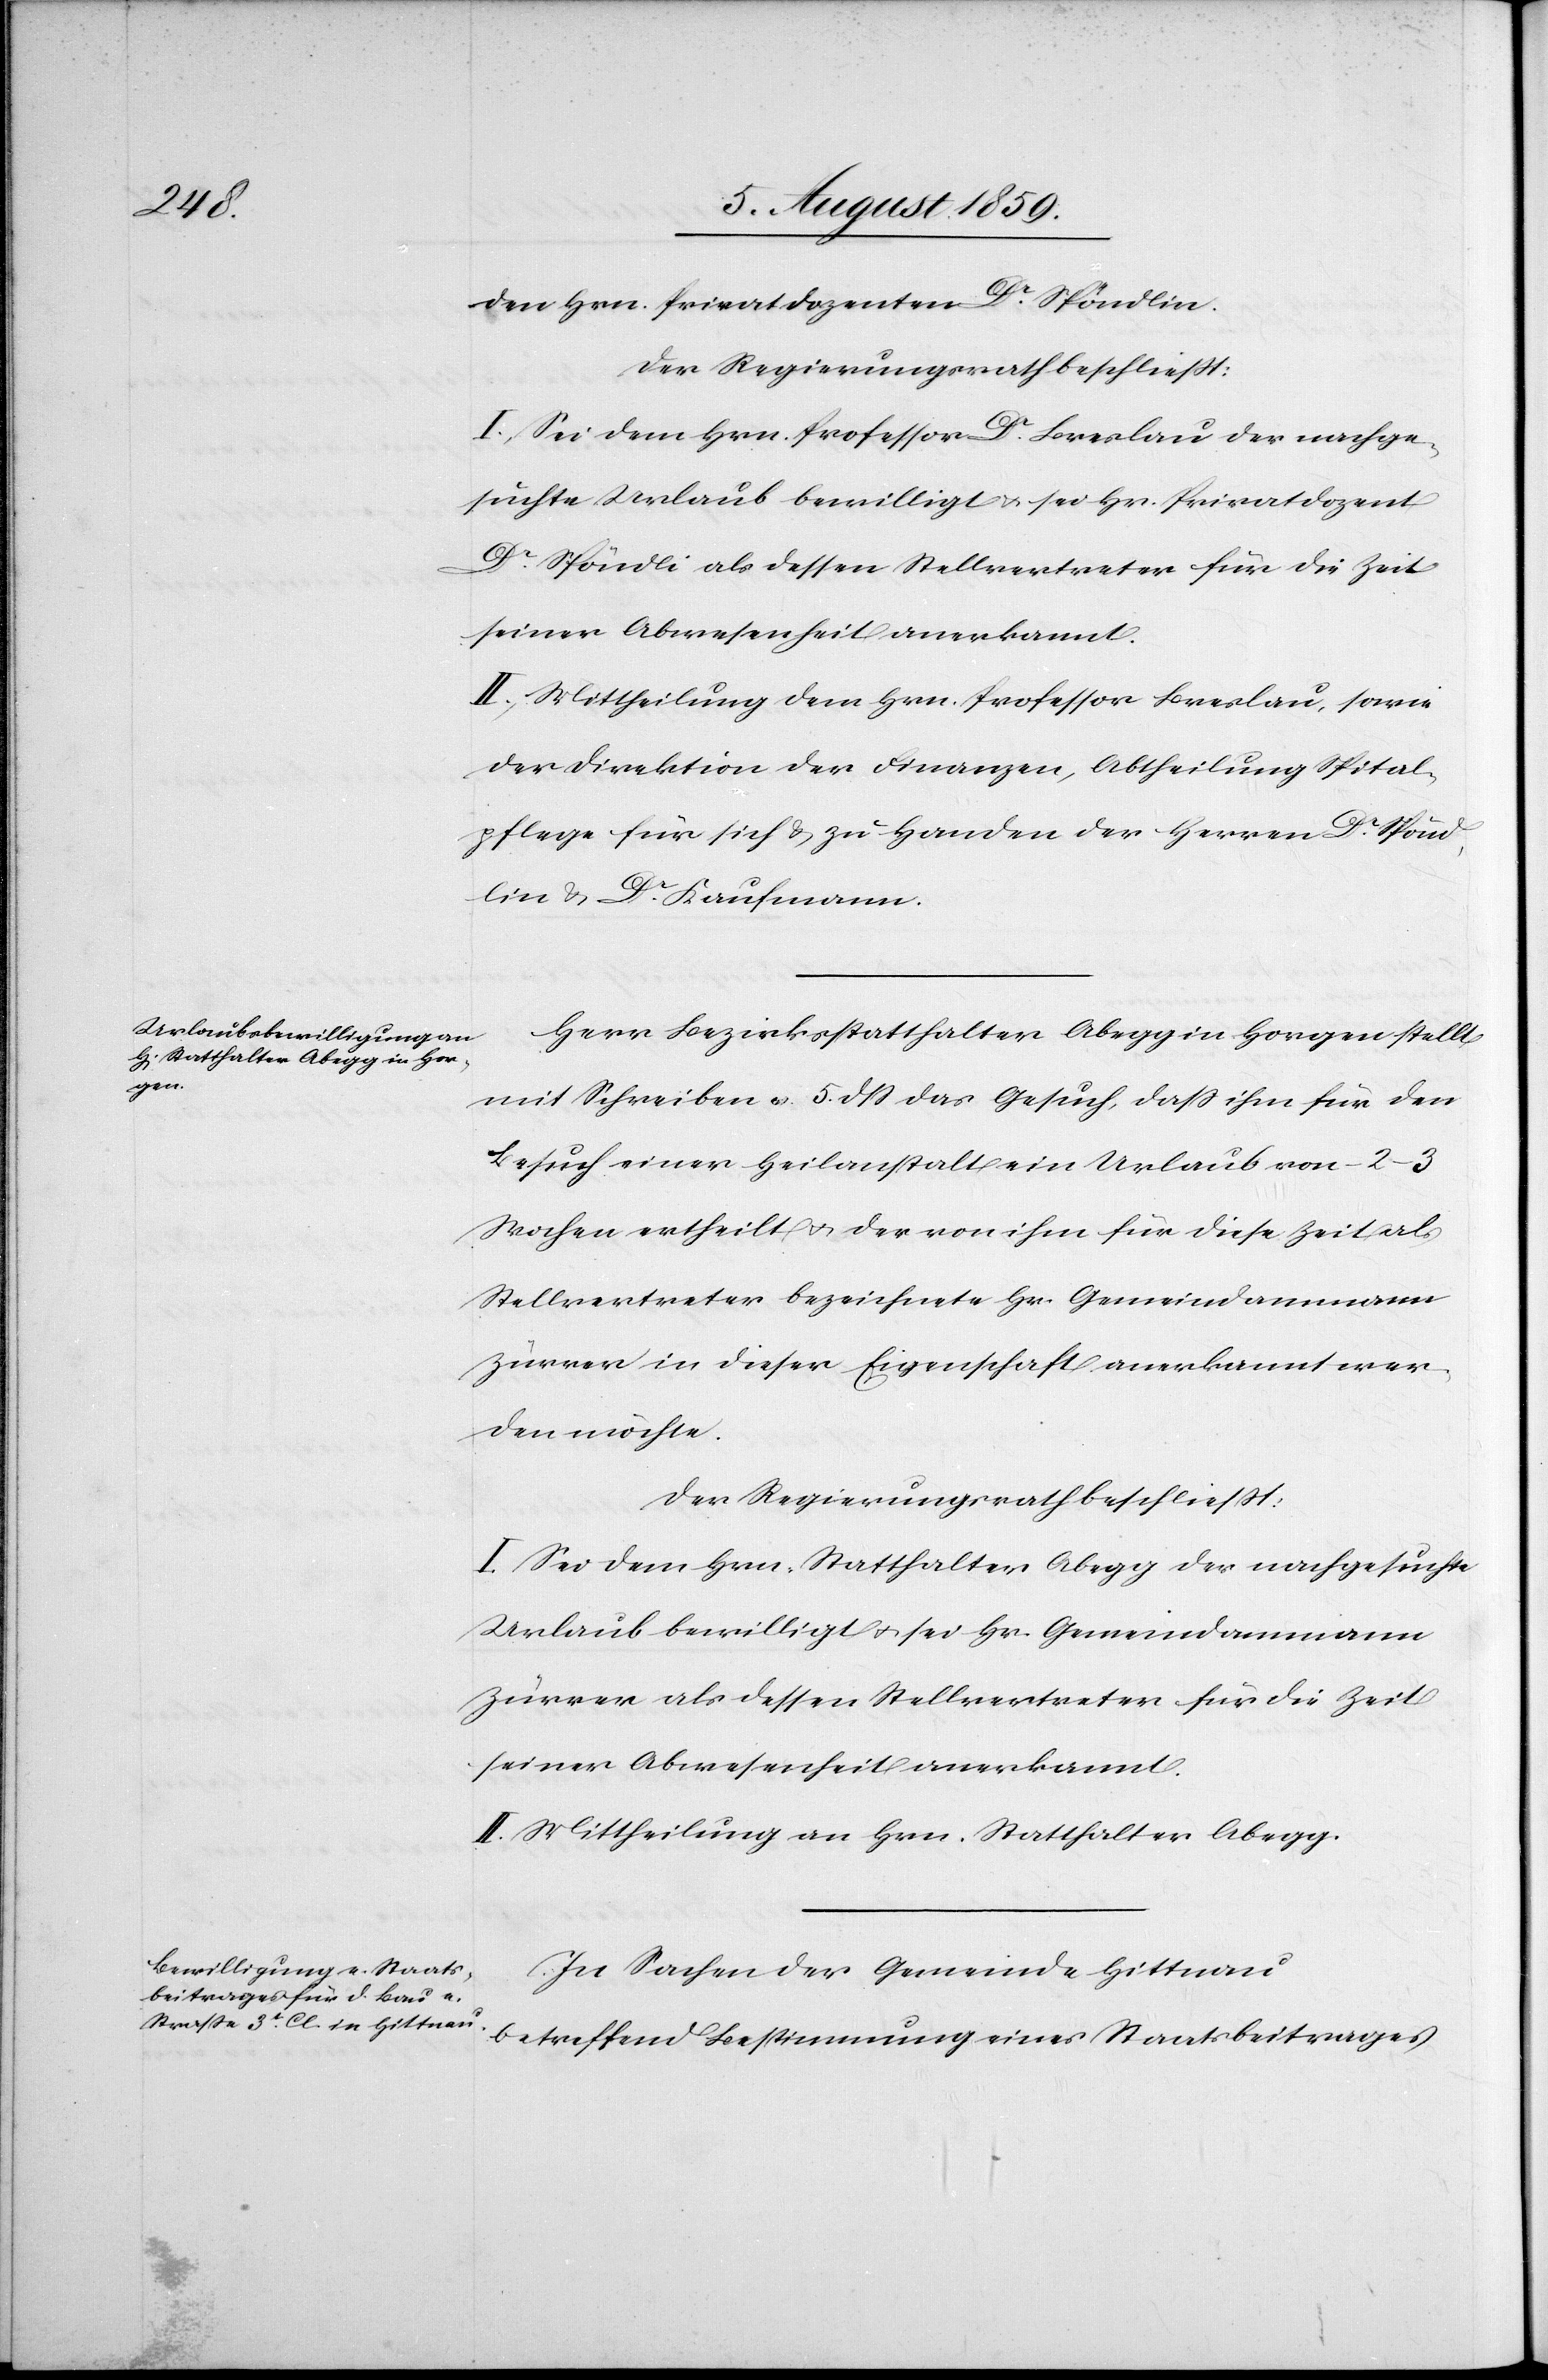
den Hrn. Privatdozenten Dr. Spöndlin.
Der Regierungsrath beschließt:
I. Sei dem Hrn. Professor Dr. Breslau der nachge¬
suchte Urlaub bewilligt u. sei Hr. Privatdozent
Dr. Spöndli [sic!] als dessen Stellvertreter für die Zeit
seiner Abwesenheit anerkannt.
II. Mittheilung dem Hrn. Professor Breslau, sowie
der Direktion der Finanzen, Abtheilung Spital¬
pflege für sich u. zu Handen der Herren Dr. Spönd¬
lin u. Dr. Kaufmann.
Herr Bezirksstatthalter Abegg in Horgen stellt
mit Schreiben v. 5 dß das Gesuch, daß ihm für den
Besuch einer Heilanstalt ein Urlaub von 2–3
Wochen ertheilt u. der von ihm für diese Zeit als
Stellvertreter bezeichnete Hr. Gemeindammann
Zürrer in dieser Eigenschaft anerkannt wer¬
den möchte.
Der Regierungsrath beschließt:
I. Sei dem Hrn. Statthalter Abegg der nachgesuchte
Urlaub bewilligt u. sei Hr. Gemeindammann
Zürrer als dessen Stellvertreter für die Zeit
seiner Abwesenheit anerkannt.
II. Mittheilung an Hrn. Statthalter Abegg.
In Sachen der Gemeinde Hittnau
betreffend Bestimmung eines Staatsbeitrages